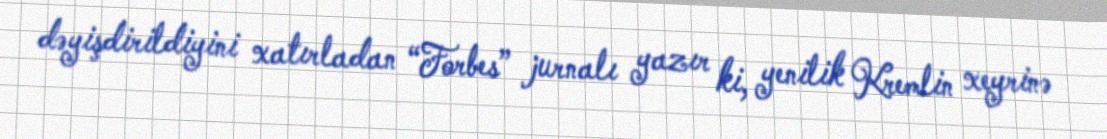
dəyişdirildiyini xatırladan “Forbes” jurnalı yazır ki, yenilik Kremlin xeyrinə